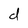
Character: d